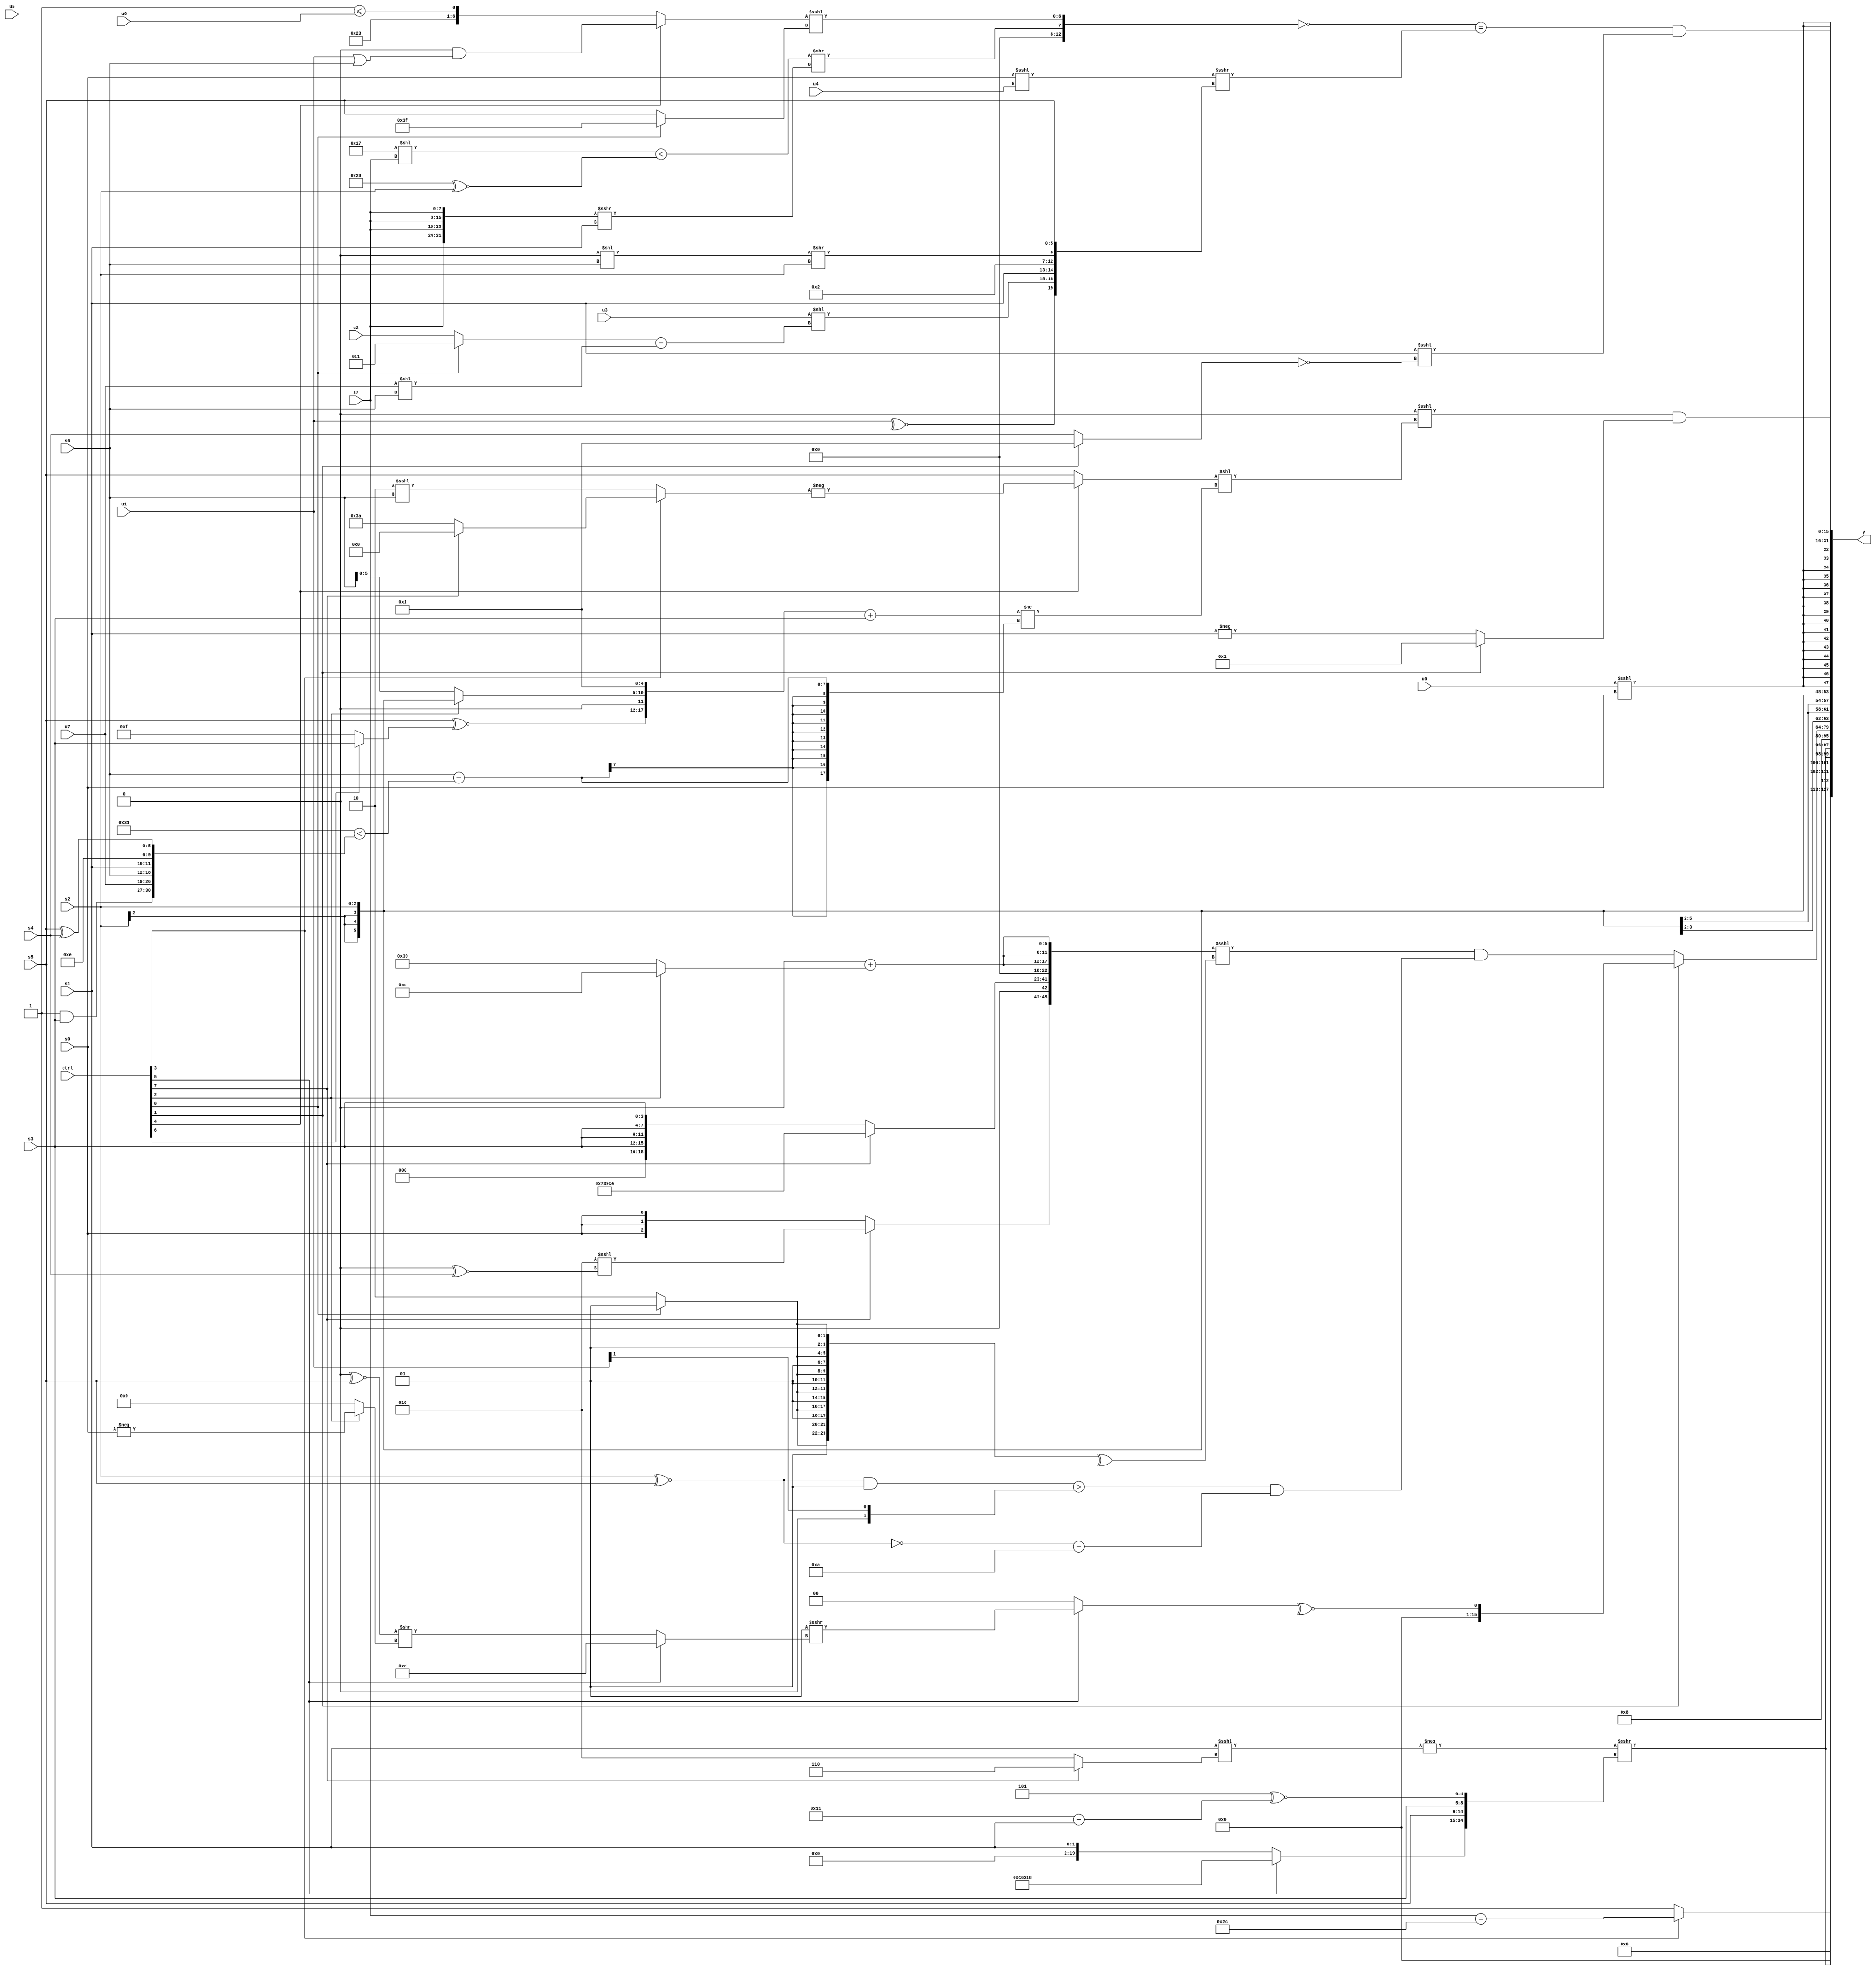
module wideexpr_00763(ctrl, u0, u1, u2, u3, u4, u5, u6, u7, s0, s1, s2, s3, s4, s5, s6, s7, y);
  input [7:0] ctrl;
  input [0:0] u0;
  input [1:0] u1;
  input [2:0] u2;
  input [3:0] u3;
  input [4:0] u4;
  input [5:0] u5;
  input [6:0] u6;
  input [7:0] u7;
  input signed [0:0] s0;
  input signed [1:0] s1;
  input signed [2:0] s2;
  input signed [3:0] s3;
  input signed [4:0] s4;
  input signed [5:0] s5;
  input signed [6:0] s6;
  input signed [7:0] s7;
  output [127:0] y;
  wire [15:0] y0;
  wire [15:0] y1;
  wire [15:0] y2;
  wire [15:0] y3;
  wire [15:0] y4;
  wire [15:0] y5;
  wire [15:0] y6;
  wire [15:0] y7;
  assign y = {y0,y1,y2,y3,y4,y5,y6,y7};
  assign y0 = $signed({1{{(ctrl[3]?(s7)==(6'sb101100):$unsigned(2'sb01))}}});
  assign y1 = {3{(-((s1)<<<((ctrl[7]?3'b110:2'sb10))))>>>(+({(ctrl[5]?{4{5'sb11000}}:$unsigned(s1)),s5,s3,$unsigned((4'sb1101)^~(+((5'sb10001)-(s1))))}))}};
  assign y2 = +(6'b001000);
  assign y3 = (ctrl[1]?~^((ctrl[5]?(2'sb01)>>>((ctrl[5]?$signed(6'sb001101):(($signed(2'b00))^~(s5))>>((ctrl[2]?-(s0):(4'sb0000)<<<(1'sb0))))):1'sb0)):($unsigned(({(ctrl[7]?(+(3'sb010))<<<((3'sb000)^~(s4)):$signed($signed(s0))),$signed((ctrl[7]?{4{5'sb01110}}:{4{s3}})),($signed(4'sb0010))&(({2'sb11})-(5'sb00110)),{3{(1'sb0)+((ctrl[2]?5'sb01110:6'sb111001))}}})<<<(^({3{{2{(ctrl[0]?4'sb0101:4'sb0110)}}}}))))&($unsigned(($signed((((s2)^~(s5))&(2'sb01))>($signed((u1)>>(2'b01)))))&((+(!((s2)^~(s5))))-(5'sb01010)))));
  assign y4 = s2;
  assign y5 = $signed({2{&(($unsigned(u0))<<<($signed(s0)))}});
  assign y6 = ($signed(($signed(2'sb00))<<<(((ctrl[4]?-((ctrl[3]?(ctrl[7]?(5'sb00011)<<(4'b0110):$signed(5'sb11010)):(2'sb10)<<<(s6))):s5))<<((({(s5)^~((ctrl[6]?s3:1'sb1)),(-(s0))<<<($unsigned(6'b110110)),((ctrl[2]?s2:s6))<<($signed(3'b001)),4'sb0001})+({1{s3}}))!=(($unsigned($unsigned($signed(s6))))-(($unsigned((6'sb010000)|(6'sb111101)))<({(1'sb1)&(s3),{u7,s6,s1,4'sb1110},(s5)^(s4)})))))))&((ctrl[1]?-(2'sb11):-(s1)));
  assign y7 = ((-(!({-(-(($signed(5'sb10111))<<<(3'sb111))),$signed((((6'sb110111)<<(s7))<((6'sb101000)^~(s2)))>>(({4{s7}})>>>(s1))),((ctrl[4]?(!(3'sb100))&((u1)|(s6)):{$signed(6'sb100011),(1'b1)<=(u6)}))<<<((ctrl[0]?(1'sb1)>>>(5'sb00000):s5))})))==(((s0)<<<(u4))>>>({~^(u1),({(u3)<<(((ctrl[0]?3'b011:u2))-((u7)<<(s6))),s1,(3'sb010)&(6'sb000010),$unsigned(((1'sb0)<<(s6))>>(s2))})<<(1'sb0),s5})))&(({1{s1}})<<<($signed(!((ctrl[1]?2'sb01:s4)))));
endmodule